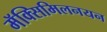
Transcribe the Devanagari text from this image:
मॅक्सिमिलनयन